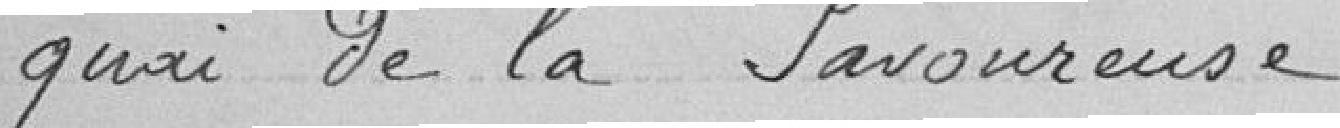
quai de la Savoureuse.